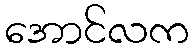
အောင်လက